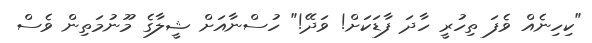
"ކިހިނެއް ވެފަ ތިހުރީ ހާދަ ފާޑަކަށް! ވަދޭ!" ހުސްނާއަށް ޝީލާގެ މޫނުމަތިން ވެސް